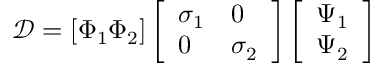
\mathcal { D } = [ \Phi _ { 1 } \Phi _ { 2 } ] \left[ \begin{array} { l l } { \sigma _ { 1 } } & { 0 } \\ { 0 } & { \sigma _ { 2 } } \end{array} \right] \left[ \begin{array} { l } { \Psi _ { 1 } } \\ { \Psi _ { 2 } } \end{array} \right]